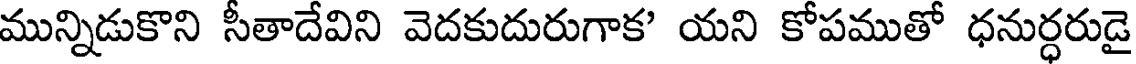
మున్నిడుకొని సీతాదేవిని వెదకుదురుగాక' యని కోపముతో ధనుర్ధరుడై